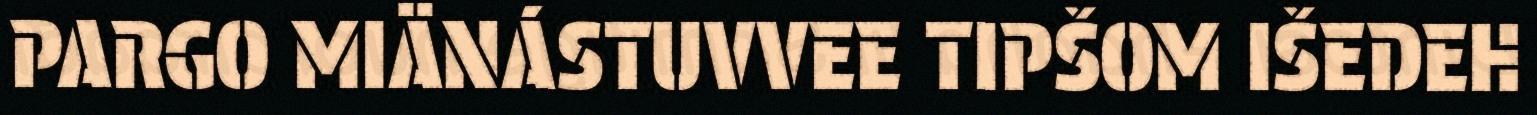
PARGO MIÄNÁSTUVVEE TIPŠOM IŠEDEH